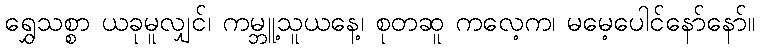
ရွှေသစ္စာ ယခုမူလျှင်၊ ကမ္ဘူ့သူယနေ့၊ စုတဆူ ကလေ့က၊ မမေ့ပေါင်နော်နော်။